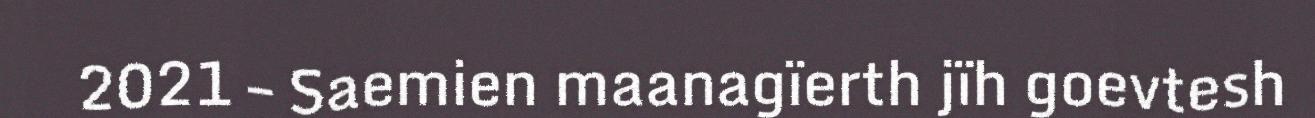
2021 – Saemien maanagïerth jïh goevtesh